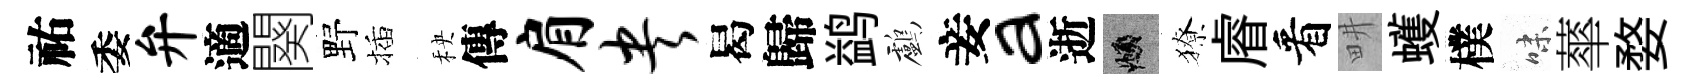
祐委弁適闋野插秧傳肩央曷歸鹢鸕妾a逝頫獠𥈠看畊蠖樸味蕐婺